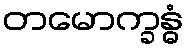
တမောက္ခန္ဓံ